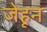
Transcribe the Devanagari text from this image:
जेहून